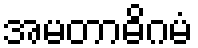
အမတာဓိဂမံ